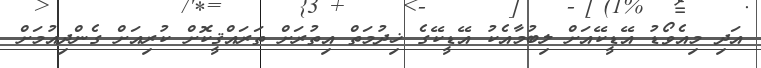
އަދި މިއެވޯޑު އޭޑީކޭއަށް ލިބުމާއެކު އޭޑީކޭގެ ޚިދުމަތް އިތުރަށް ތަރައްޤީކޮށް ކުރިއަށް ގެންދިއުމަށް